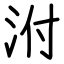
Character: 泭